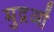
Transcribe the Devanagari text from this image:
मुद्रओं